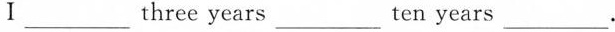
Ⅰ___ three years ___ ten years ___.